Indian journal of veterinary science and animal husbandry - Volume 10,
Year: 1940
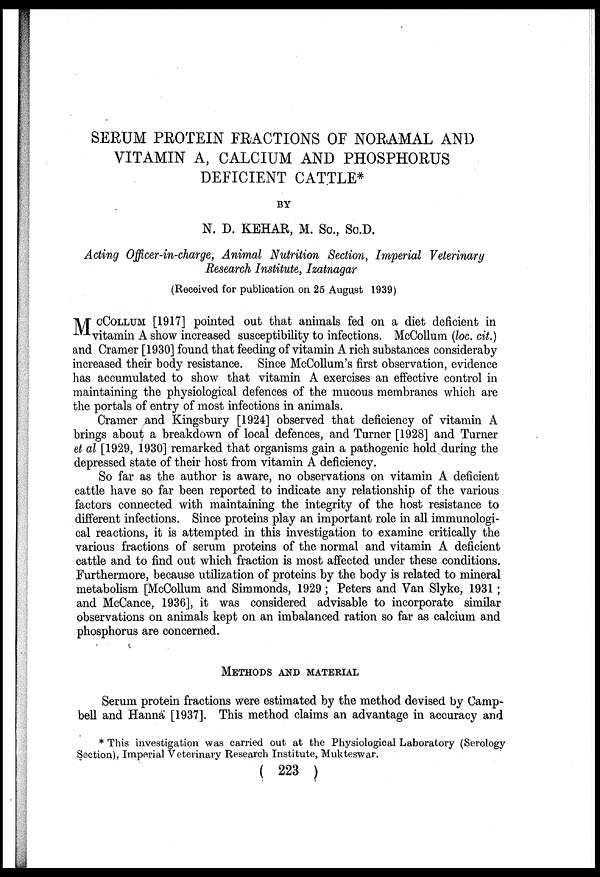
SERUM PROTEIN FRACTIONS OF NORAMAL AND
VITAMIN A, CALCIUM AND PHOSPHORUS
DEFICIENT CATTLE*
BY
N. D. KEHAR, M. Sc., Sc.D.
Acting Officer-in-charge, Animal Nutrition Section, Imperial Veterinary
Research Institute, Izatnagar
(Received for publication on 25 August 1939)
MCCOLLUM [1917] pointed out that animals fed on a diet deficient in
vitamin A show increased susceptibility to infections. McCollum (loc. cit.)
and Cramer [1930] found that feeding of vitamin A rich substances consideraby
increased their body resistance. Since McCollum's first observation, evidence
has accumulated to show that vitamin A exercises an effective control in
maintaining the physiological defences of the mucous membranes which are
the portals of entry of most infections in animals.
Cramer and Kingsbury [1924] observed that deficiency of vitamin A
brings about a breakdown of local defences, and Turner [1928] and Turner
et al [1929, 1930] remarked that organisms gain a pathogenic hold during the
depressed state of their host from vitamin A deficiency.
So far as the author is aware, no observations on vitamin A deficient
cattle have so far been reported to indicate any relationship of the various
factors connected with maintaining the integrity of the host resistance to
different infections. Since proteins play an important role in all immunologi-
cal reactions, it is attempted in this investigation to examine critically the
various fractions of serum proteins of the normal and vitamin A deficient
cattle and to find out which fraction is most affected under these conditions.
Furthermore, because utilization of proteins by the body is related to mineral
metabolism [McCollum and Simmonds, 1929 ; Peters and Van Slyke, 1931 ;
and McCance, 1936], it was considered advisable to incorporate similar
observations on animals kept on an imbalanced ration so far as calcium and
phosphorus are concerned.
METHODS AND MATERIAL
Serum protein fractions were estimated by the method devised by Camp-
bell and Hanna [1937]. This method claims an advantage in accuracy and
* This investigation was carried out at the Physiological Laboratory (Serology
Section), Imperial Veterinary Research Institute, Mukteswar.
( 223 )